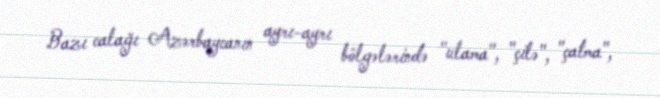
Bazı calağı Azərbaycanın ayrı-ayrı bölgələrində "ulama", "çilə", "çatma",